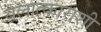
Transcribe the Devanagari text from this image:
बलात्काराशी